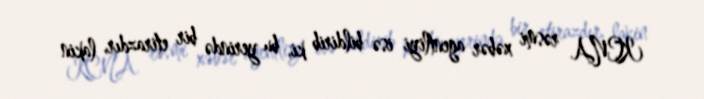
KCNA rəsmi xəbər agentliyi isə bildirib ki, bu yerində bir etirazdır, lakin